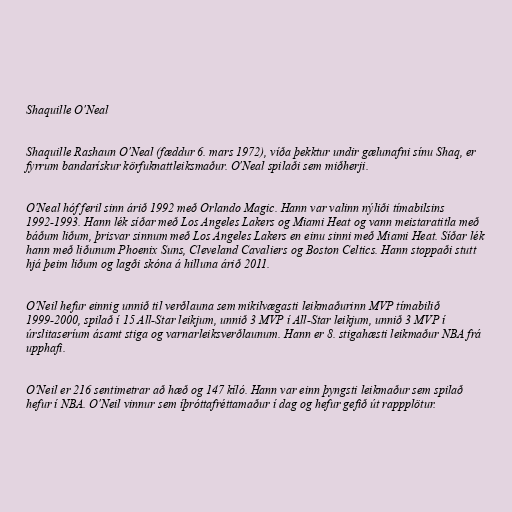
Shaquille O'Neal

Shaquille Rashaun O'Neal (fæddur 6. mars 1972), víða þekktur undir gælunafni sínu Shaq, er
fyrrum bandarískur körfuknattleiksmaður. O'Neal spilaði sem miðherji.

O'Neal hóf feril sinn árið 1992 með Orlando Magic. Hann var valinn nýliði tímabilsins
1992-1993. Hann lék síðar með Los Angeles Lakers og Miami Heat og vann meistaratitla með
báðum liðum, þrisvar sinnum með Los Angeles Lakers en einu sinni með Miami Heat. Síðar lék
hann með liðunum Phoenix Suns, Cleveland Cavaliers og Boston Celtics. Hann stoppaði stutt
hjá þeim liðum og lagði skóna á hilluna árið 2011.

O'Neil hefur einnig unnið til verðlauna sem mikilvægasti leikmaðurinn MVP tímabilið
1999-2000, spilað í 15 All-Star leikjum, unnið 3 MVP í All-Star leikjum, unnið 3 MVP í
úrslitaseríum ásamt stiga og varnarleiksverðlaunum. Hann er 8. stigahæsti leikmaður NBA frá
upphafi.

O'Neil er 216 sentimetrar að hæð og 147 kíló. Hann var einn þyngsti leikmaður sem spilað
hefur í NBA. O'Neil vinnur sem íþróttafréttamaður í dag og hefur gefið út rappplötur.